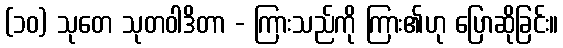
(၁၀) သုတေ သုတဝါဒိတာ - ကြားသည်ကို ကြား၏ဟု ပြောဆိုခြင်း။